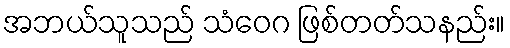
အဘယ်သူသည် သံဝေဂ ဖြစ်တတ်သနည်း။